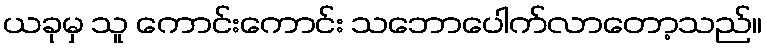
ယခုမှ သူ ကောင်းကောင်း သဘောပေါက်လာတော့သည်။